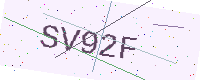
Text: SV92F